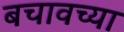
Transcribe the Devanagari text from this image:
बचावच्या